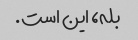
بله، این است.